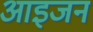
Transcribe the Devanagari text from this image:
आइजन